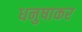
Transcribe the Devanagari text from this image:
धनुषाकर